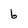
Character: 6